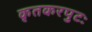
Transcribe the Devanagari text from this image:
कृतकरपुटः